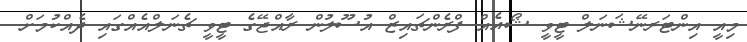
މިއީ އިންޓަރނޭޝަނަލް ޓީވީ ޝޯއެއް ފްރެންޗައިޒް އުސޫލުން ރާއްޖޭގެ ޓީވީ ޗެނަލްއެއްގައި ދެއްކުމަށް